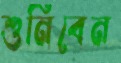
শুনিবেন